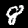
Label: 8